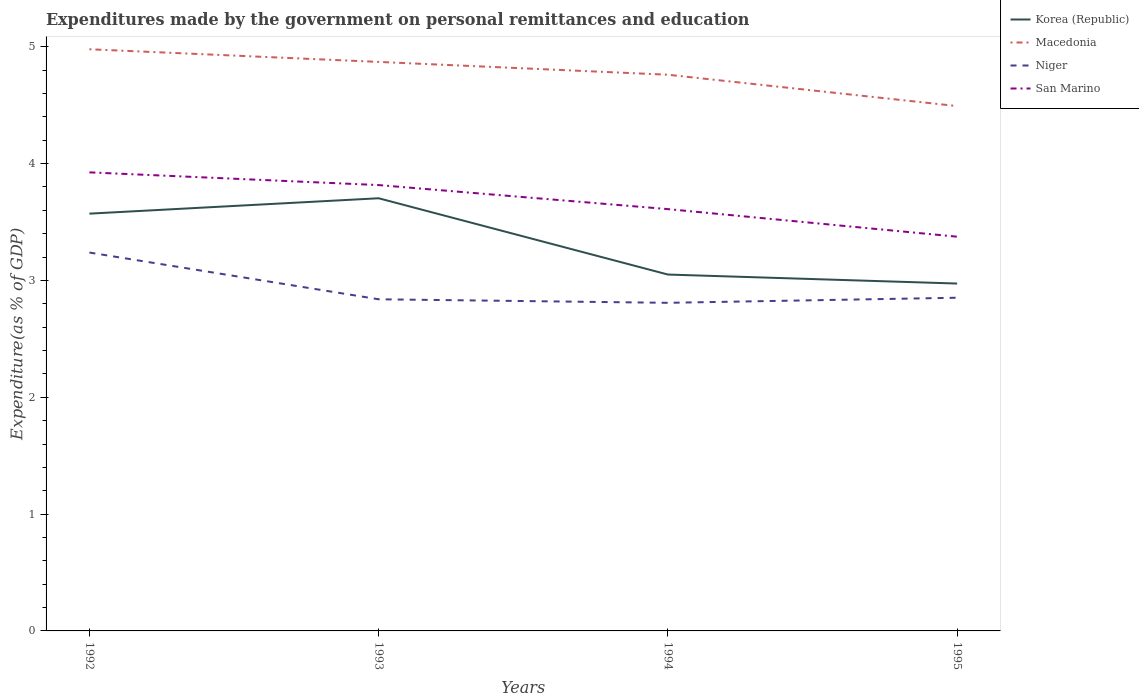
| Years | Korea (Republic) | Macedonia | Niger | San Marino |
 | --- | --- | --- | --- | --- |
 | 1992 | 3.57 | 4.98 | 3.24 | 3.93 |
 | 1993 | 3.7 | 4.87 | 2.84 | 3.82 |
 | 1994 | 3.05 | 4.76 | 2.81 | 3.61 |
 | 1995 | 2.97 | 4.49 | 2.85 | 3.37 |